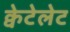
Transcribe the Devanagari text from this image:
क्वेटेलेट